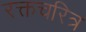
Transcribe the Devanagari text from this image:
रक्तचरित्र